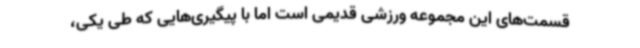
قسمت‌های این مجموعه ورزشی قدیمی است اما با پیگیری‌هایی که طی یکی،